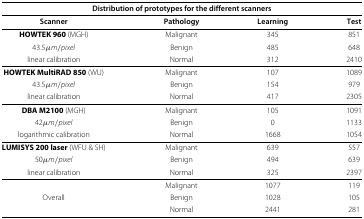
<table><thead><tr><td colspan="4"><b>Distribution of prototypes for the different scanners</b></td></tr></thead><tbody><tr><td><b>Scanner</b></td><td><b>Pathology</b></td><td><b>Learning</b></td><td><b>Test</b></td></tr><tr><td><b>HOWTEK 960</b> (MGH)</td><td>Malignant</td><td>345</td><td>851</td></tr><tr><td>43.5<i>μ</i><i>m</i> / <i>pixel</i></td><td>Benign</td><td>485</td><td>648</td></tr><tr><td>linear calibration</td><td>Normal</td><td>312</td><td>2410</td></tr><tr><td><b>HOWTEK MultiRAD 850</b> (WU)</td><td>Malignant</td><td>107</td><td>1089</td></tr><tr><td>43.5<i>μ</i><i>m</i> / <i>pixel</i></td><td>Benign</td><td>154</td><td>979</td></tr><tr><td>linear calibration</td><td>Normal</td><td>417</td><td>2305</td></tr><tr><td><b>DBA M2100</b> (MGH)</td><td>Malignant</td><td>105</td><td>1091</td></tr><tr><td>42<i>μ</i><i>m</i> / <i>pixel</i></td><td>Benign</td><td>0</td><td>1133</td></tr><tr><td>logarithmic calibration</td><td>Normal</td><td>1668</td><td>1054</td></tr><tr><td><b>LUMISYS 200 laser</b> (WFU &amp; SH)</td><td>Malignant</td><td>639</td><td>557</td></tr><tr><td>50<i>μ</i><i>m</i> / <i>pixel</i></td><td>Benign</td><td>494</td><td>639</td></tr><tr><td>linear calibration</td><td>Normal</td><td>325</td><td>2397</td></tr><tr><td> </td><td>Malignant</td><td>1077</td><td>119</td></tr><tr><td>Overall</td><td>Benign</td><td>1028</td><td>105</td></tr><tr><td> </td><td>Normal</td><td>2441</td><td>281</td></tr></tbody></table>